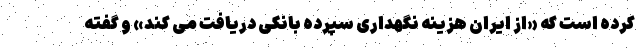
کرده است که «از ایران هزینه نگهداری سپرده بانکی دریافت می کند» و گفته